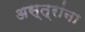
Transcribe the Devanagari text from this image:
अस्त्रांना